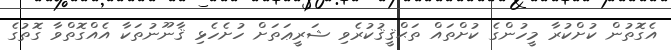
އެގޮތުން ކުށްކުރާ މީހުންގެ ކުށްތައް ތަޙްޤީޤުކުރެވި ޝަރީޢަތަށް ހުށެހެޅި ޤާނޫނުތަކާ އެއްގޮތްވާ ގޮތުގެ